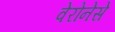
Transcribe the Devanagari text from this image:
वेरोनेसे